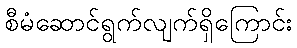
စီမံဆောင်ရွက်လျက်ရှိကြောင်း